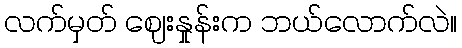
လက်မှတ် ဈေးနှုန်းက ဘယ်လောက်လဲ။